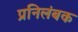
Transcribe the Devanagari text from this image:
प्रनिलंबक